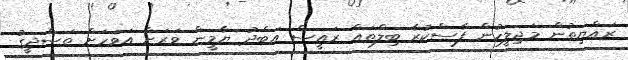
ރައްޔިތުން މަޖިލީހުން ފާސްކުރާ ބިލްތައް ރައީސް އަބްދު ޔާމީން ވަރަށް އަވަހަށް ތަސްދީގު